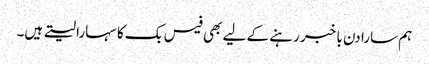
ہم سارا دن با خبر رہنے کے لیے بھی فیس بک کا سہارا لیتے ہیں۔